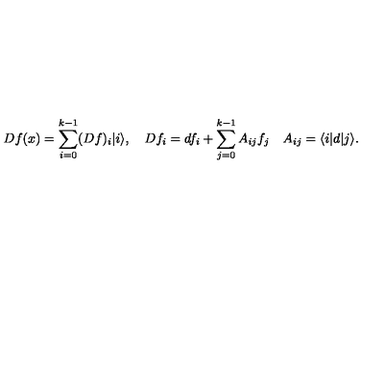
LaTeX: D f ( x ) = \sum _ { i = 0 } ^ { k - 1 } ( D f ) _ { i } | i \rangle , \quad D f _ { i } = d f _ { i } + \sum _ { j = 0 } ^ { k - 1 } A _ { i j } f _ { j } \quad A _ { i j } = \langle i | d | j \rangle .